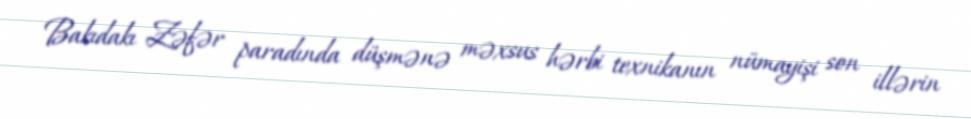
Bakıdakı Zəfər paradında düşmənə məxsus hərbi texnikanın nümayişi son illərin